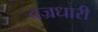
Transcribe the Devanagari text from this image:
वज्रधारी